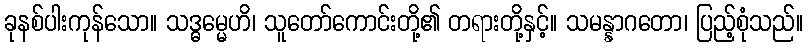
ခုနစ်ပါးကုန်သော။ သဒ္ဓမ္မေဟိ၊ သူတော်ကောင်းတို့၏ တရားတို့နှင့်။ သမန္နာဂတော၊ ပြည့်စုံသည်။